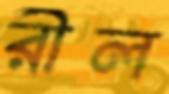
রীল